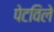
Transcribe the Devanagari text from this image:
पेटविले